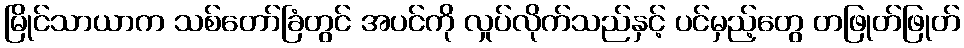
မြိုင်သာယာက သစ်တော်ခြံတွင် အပင်ကို လှုပ်လိုက်သည်နှင့် ပင်မှည့်တွေ တဖြုတ်ဖြုတ်